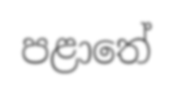
පළාතේ